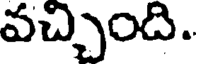
వచ్చింది.